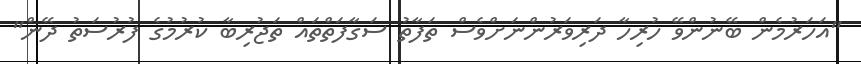
"އަހަރުމެން ބޭނުންވޭ ހުރިހާ ދަރިވަރުންނަށްވެސް ތަފާތު ސަގާފަތްތައް ތަޖުރިބާ ކުރުމުގެ ފުރުސަތު ދޭން"